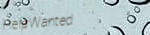
HelpWanted